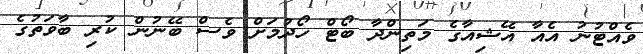
ވެއްޓުނު އެއާ އޭޝިއާގެ މަތިންދާ ބޯޓް ހޯދުމަށް ވެސް ބޭނުން ކުރި ބާވަތުގެ